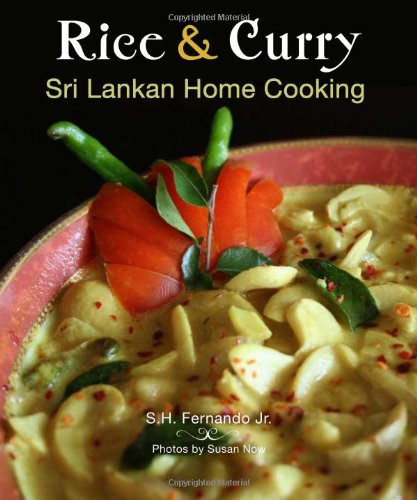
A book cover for Rice & Curry: Sri Lankan Home Cooking (The Hippocrene International Cookbook Library); S. H. Fernando Jr; Cookbooks, Food & Wine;